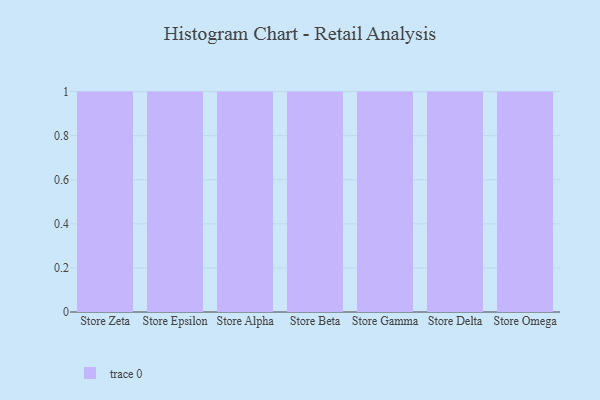
{"axis": {"x": "Store", "y": "Website Visitors"}, "legend": [""], "data": [{"x": "Store Zeta", "y": 91, "type": ""}, {"x": "Store Epsilon", "y": 44, "type": ""}, {"x": "Store Alpha", "y": 31, "type": ""}, {"x": "Store Beta", "y": 50, "type": ""}, {"x": "Store Gamma", "y": 22, "type": ""}, {"x": "Store Delta", "y": 38, "type": ""}, {"x": "Store Omega", "y": 29, "type": ""}]}